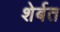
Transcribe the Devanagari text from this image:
शेर्बत